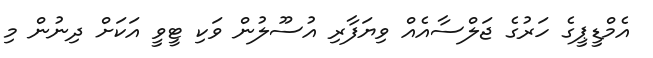
އެމްޑީޕީގެ ހަރުގެ ޖަލްސާއެއް ވިޔަފާރި އުސޫލުން ވަކި ޓީވީ އަކަށް ދިނުން މި